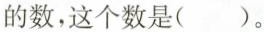
的数，这个数是( )。